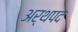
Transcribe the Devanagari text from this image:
अर्थपद